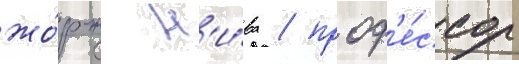
жо́рж н'и́ва / проф'е́ссор